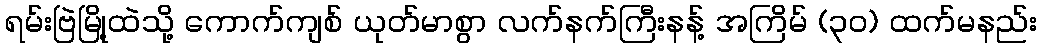
ရမ်းဗြဲမြို့ထဲသို့ ကောက်ကျစ် ယုတ်မာစွာ လက်နက်ကြီးနန့် အကြိမ် (၃၀) ထက်မနည်း